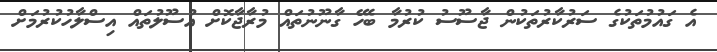
އެ ގައުމުތަކުގެ ސަރުކާރުތަކުން ޖާސޫސު ކުރުމާ ބެހޭ ގާނޫނުތައް މުރާޖާކޮށް އުސޫލުތައް އިސްލާހުކުރުމަށް